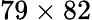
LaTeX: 79\times 82